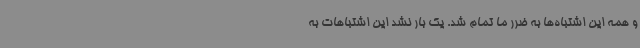
و همه این اشتباه‌ها به ضرر ما تمام شد. یک بار نشد این اشتباهات به